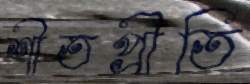
শীতপ্রীতি